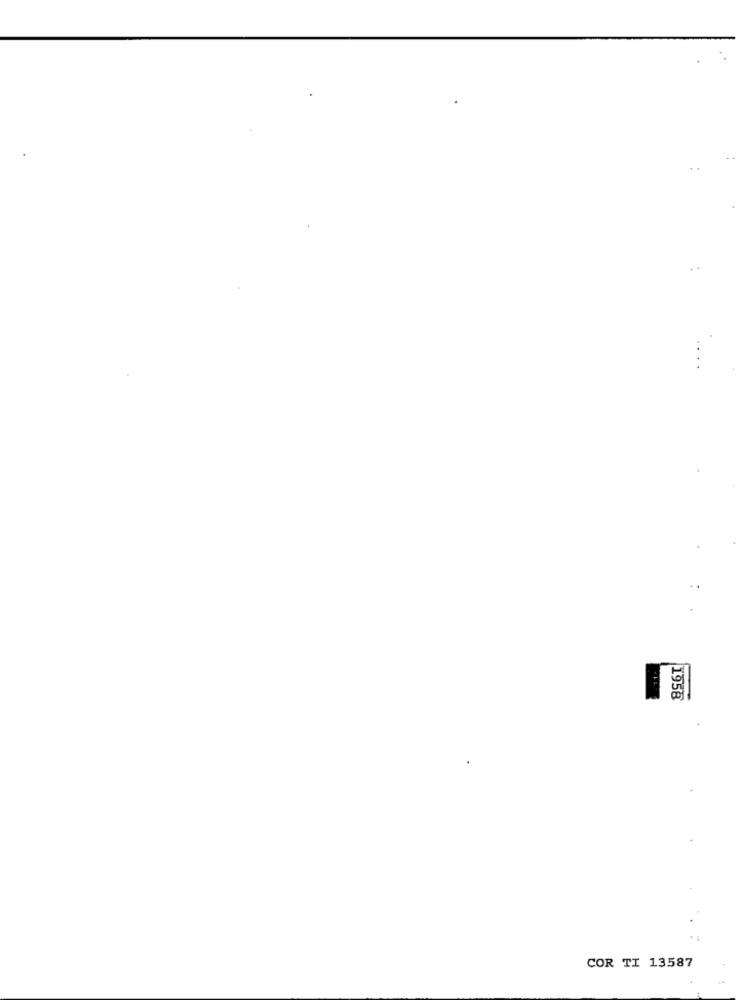
1958
COR TI 13587